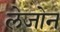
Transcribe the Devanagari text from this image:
लेजोन